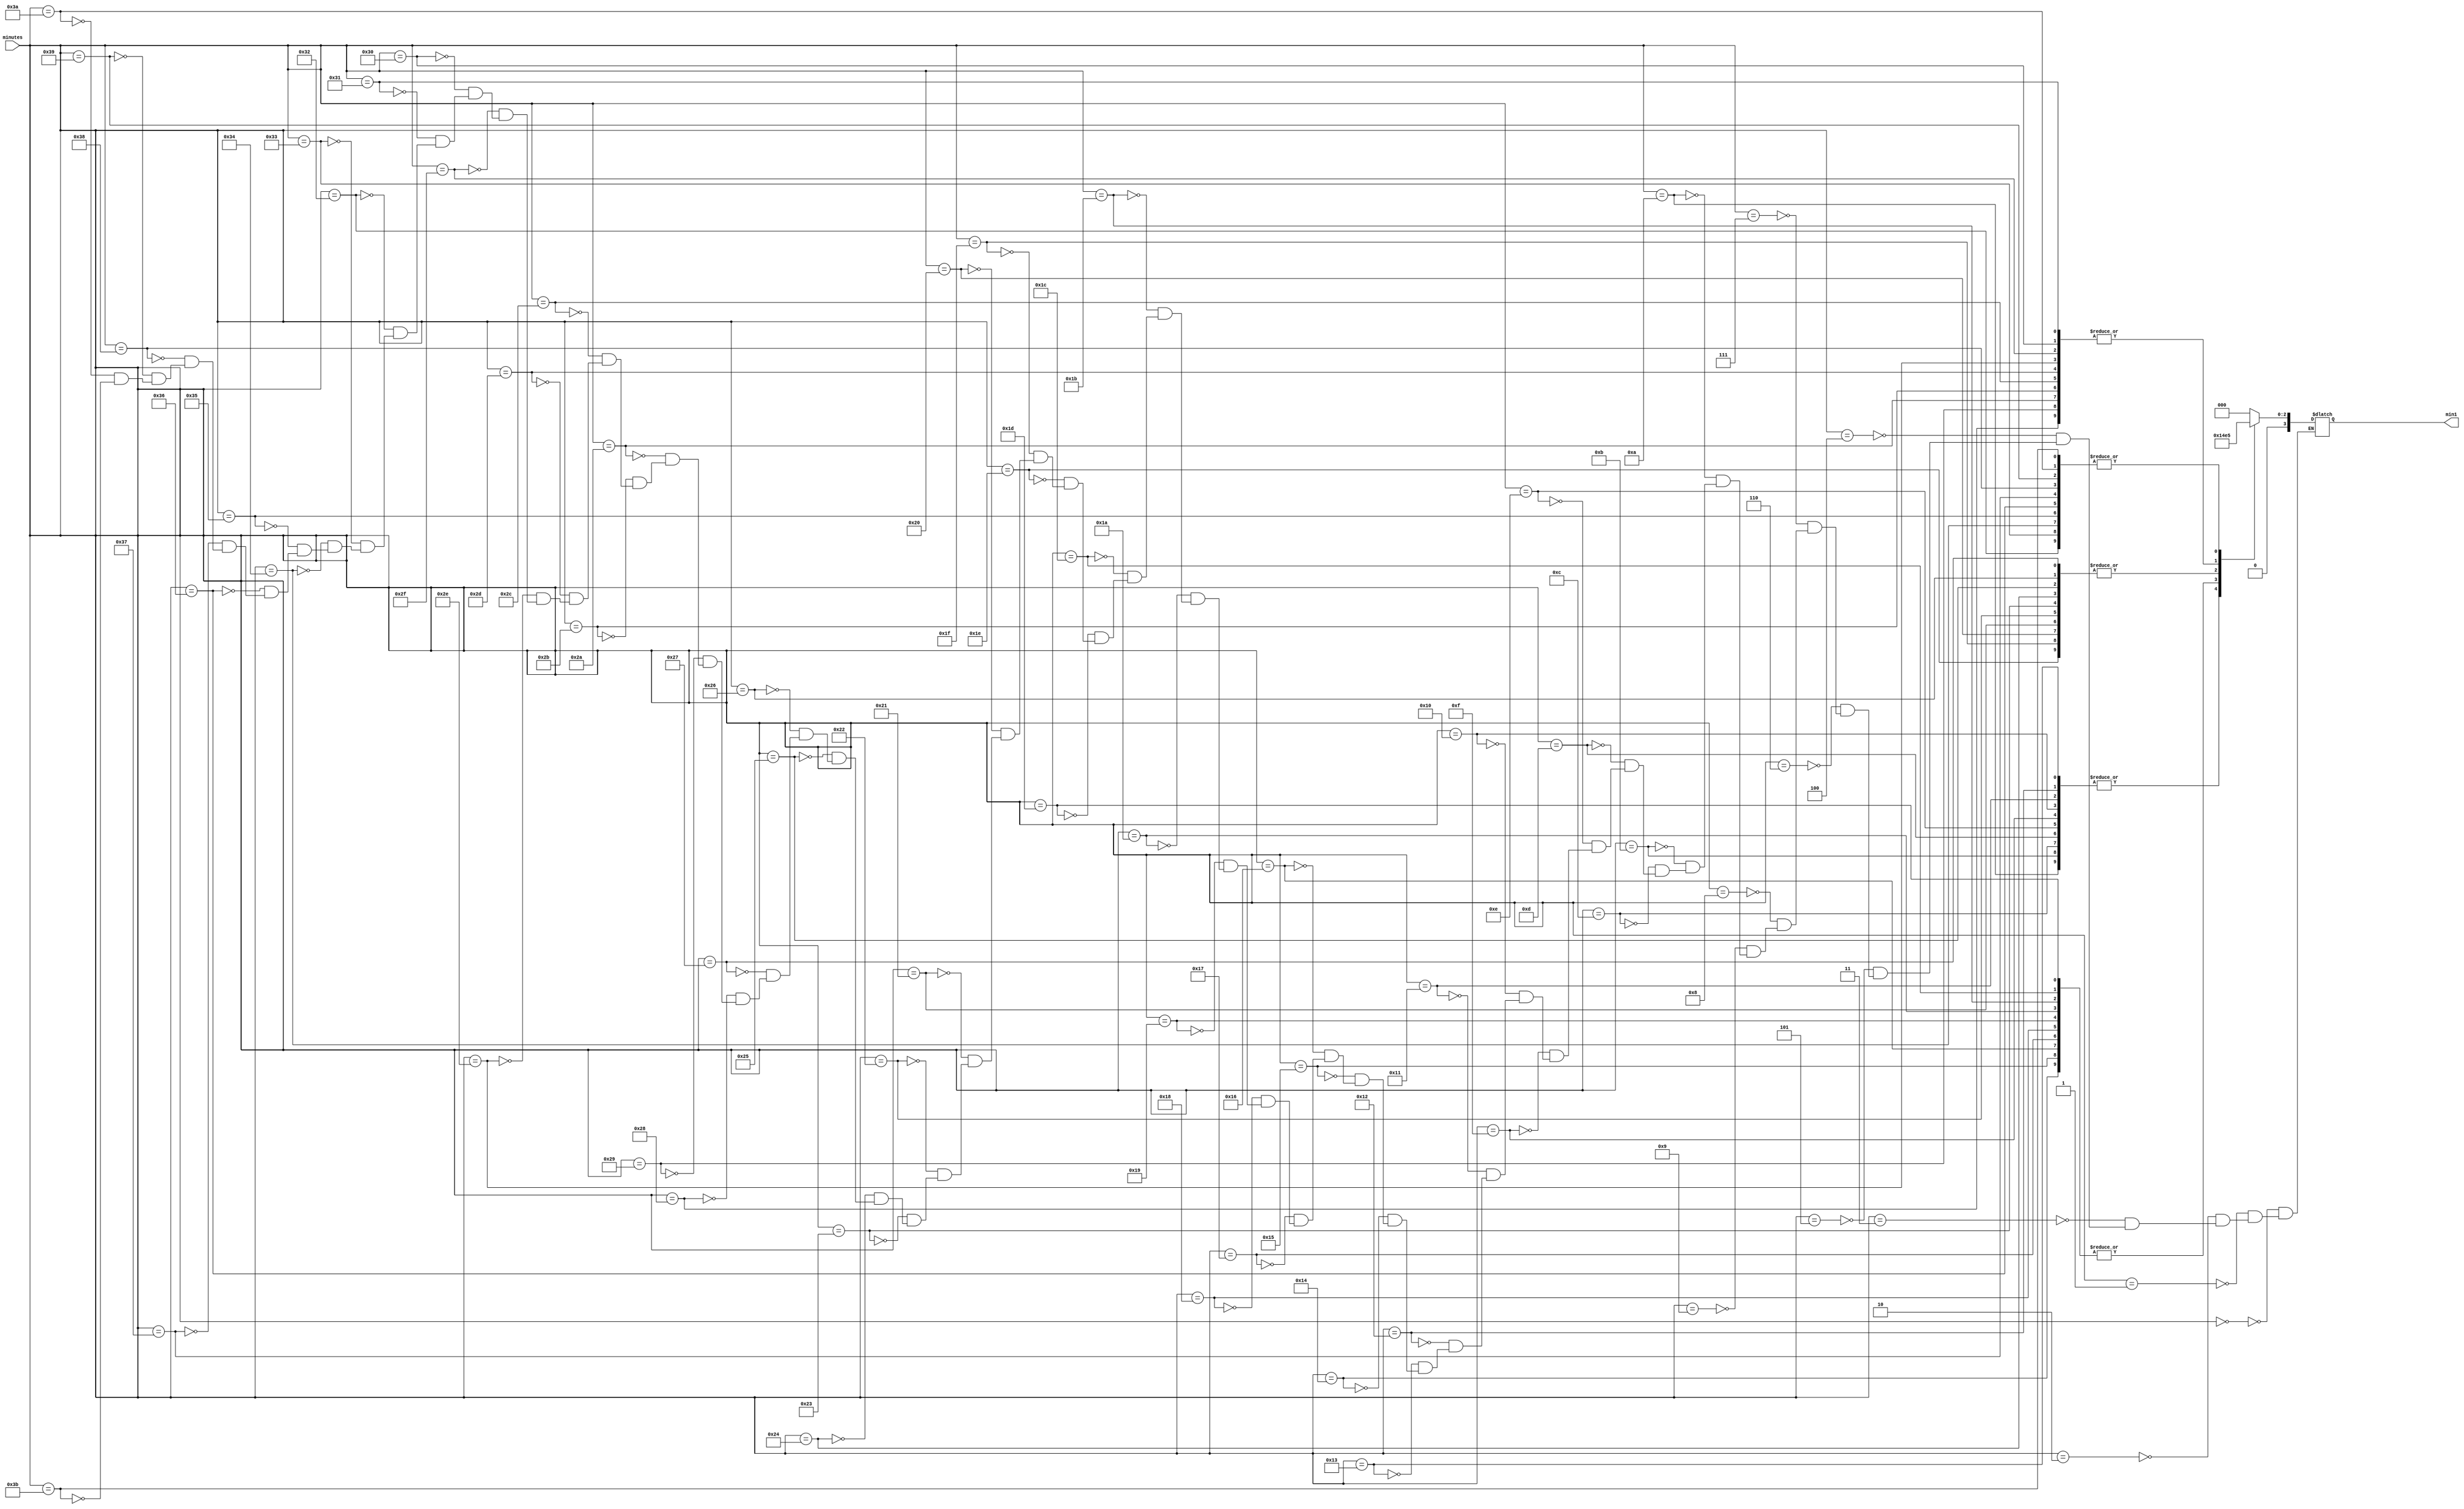
`timescale 1ns / 1ps

// For 7-segment display clock
// Authored by David J Marion

module seg_min1(
    input [5:0] minutes,
    output reg [3:0] min1
    );
    
    always @(minutes) begin
        case(minutes)
            0   :   min1 = 0;
            1   :   min1 = 0;
            2   :   min1 = 0;
            3   :   min1 = 0;
            4   :   min1 = 0;
            5   :   min1 = 0;
            6   :   min1 = 0;
            7   :   min1 = 0;
            8   :   min1 = 0;
            9   :   min1 = 0;
            10  :   min1 = 1;
            11  :   min1 = 1;
            12  :   min1 = 1;
            13  :   min1 = 1;
            14  :   min1 = 1;
            15  :   min1 = 1;
            16  :   min1 = 1;
            17  :   min1 = 1;
            18  :   min1 = 1;
            19  :   min1 = 1;
            20  :   min1 = 2;
            21  :   min1 = 2;
            22  :   min1 = 2;
            23  :   min1 = 2;
            24  :   min1 = 2;
            25  :   min1 = 2;
            26  :   min1 = 2;
            27  :   min1 = 2;
            28  :   min1 = 2;
            29  :   min1 = 2;
            30  :   min1 = 3;
            31  :   min1 = 3;
            32  :   min1 = 3;
            33  :   min1 = 3;
            34  :   min1 = 3;
            35  :   min1 = 3;
            36  :   min1 = 3;
            37  :   min1 = 3;
            38  :   min1 = 3;
            39  :   min1 = 3;
            40  :   min1 = 4;
            41  :   min1 = 4;
            42  :   min1 = 4;
            43  :   min1 = 4;
            44  :   min1 = 4;
            45  :   min1 = 4;
            46  :   min1 = 4;
            47  :   min1 = 4;
            48  :   min1 = 4;
            49  :   min1 = 4;
            50  :   min1 = 5;
            51  :   min1 = 5;
            52  :   min1 = 5;
            53  :   min1 = 5;
            54  :   min1 = 5;
            55  :   min1 = 5;
            56  :   min1 = 5;
            57  :   min1 = 5;
            58  :   min1 = 5;
            59  :   min1 = 5;
        endcase
    end  
endmodule